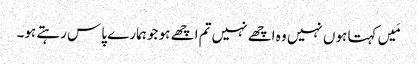
مَیں کہتا ہوں نہیں وہ اچھے نہیں تم اچھے ہو جو ہمارے پاس رہتے ہو۔